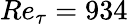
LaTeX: Re_{\tau}=934